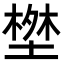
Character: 𭏝